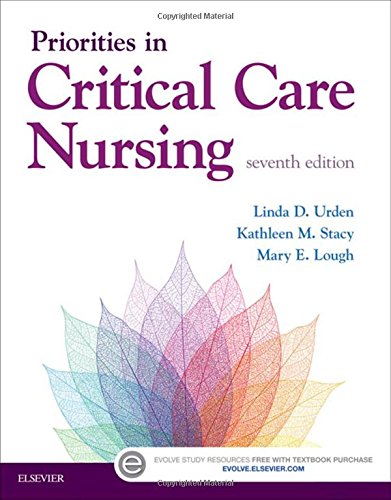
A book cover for Priorities in Critical Care Nursing, 7e; Linda D. Urden DNSc  RN  CNS  NE-BC  FAAN; Medical Books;